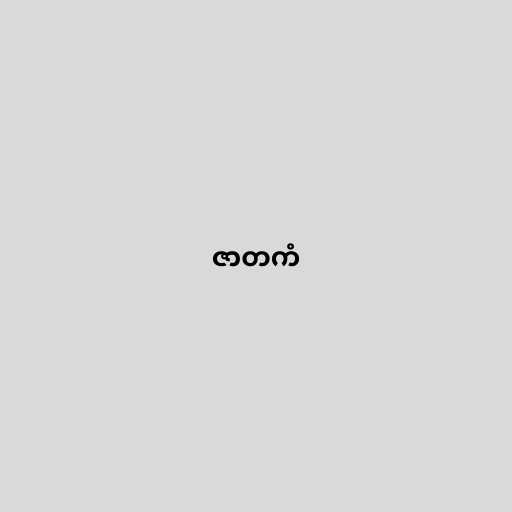
ဇာတကံ